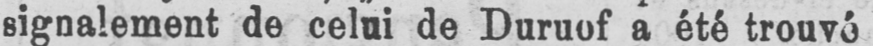
signalement de celui de Duruof a été trouvé